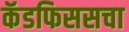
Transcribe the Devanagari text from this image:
कॅडफिससचा